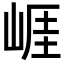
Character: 崕